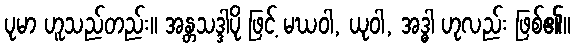
ပုမာ ဟူသည်တည်း။ အန္တသဒ္ဒါပို ဖြင့် မဃဝါ, ယုဝါ, အဒ္ဓါ ဟုလည်း ဖြစ်၏။